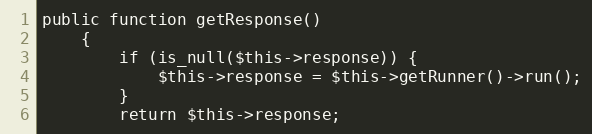
Language: PHP
public function getResponse()
    {
        if (is_null($this->response)) {
            $this->response = $this->getRunner()->run();
        }
        return $this->response;